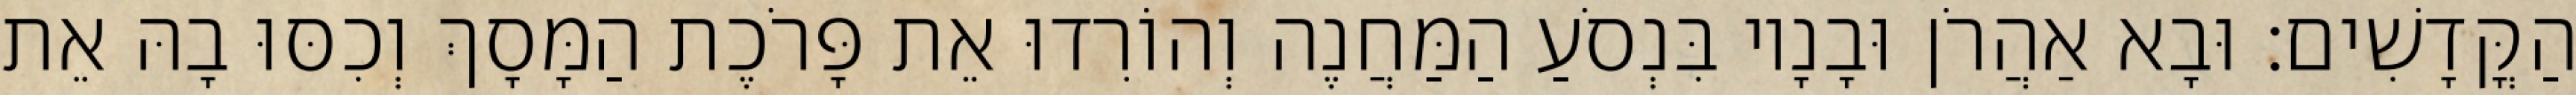
הַקֳּדָשִׁים׃ וּבָא אַהֲרֹן וּבָנָיו בִּנְסֹעַ הַמַּחֲנֶה וְהוֹרִדוּ אֵת פָּרֹכֶת הַמָּסָךְ וְכִסּוּ בָהּ אֵת